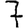
Digit: 7